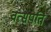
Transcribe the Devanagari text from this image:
वत्सपतिं